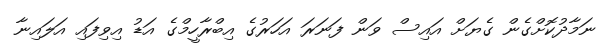
ނަމާދުކޮށްގެން ގެޔަށް އައިސް ވަން ފަނަރަ އަހަރުގެ އިބްރާހީމްގެ އަޑު އިވިފައި އަލައިނާ